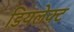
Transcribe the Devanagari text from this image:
डियलेक्ट